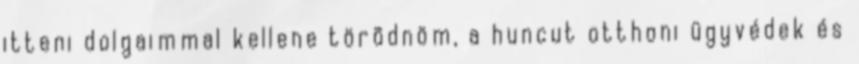
itteni dolgaimmal kellene törõdnöm, a huncut otthoni ügyvédek és